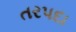
તરપદા